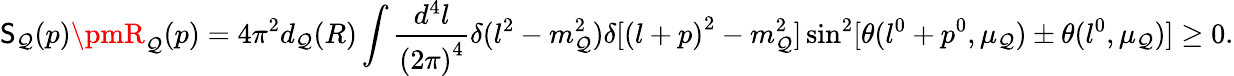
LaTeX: \mathsf{S}_{\mathcal{Q}}(p)\pmR_{\mathcal{Q}}(p)=4\pi^{2}d_{\mathcal{Q}}(R)\int\frac{{d^{4}l}}{{{(2\pi)}^{4}}}\delta(l^{2}-m_{\mathcal{Q}}^{2})\delta[{(l+p)}^{2}-m_{\mathcal{Q}}^{2}]\sin^{2}[\theta(l^{0}+p^{0},\mu_{\mathcal{Q}})\pm\theta(l^{0},\mu_{\mathcal{Q}})]\geq0.